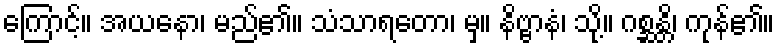
ကြောင့်။ အယနော၊ မည်၏။ သံသာရတော၊ မှ။ နိဗ္ဗာနံ၊ သို့။ ဂစ္ဆန္တိ၊ ကုန်၏။